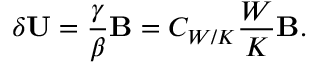
\delta { \bf { U } } = \frac { \gamma } { \beta } { \bf { B } } = C _ { W / K } \frac { W } { K } { \bf { B } } .